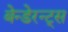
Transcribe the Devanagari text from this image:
बेन्डेरन्ट्स